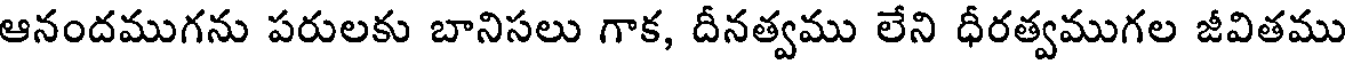
ఆనందముగను పరులకు బానిసలు గాక, దీనత్వము లేని ధీరత్వముగల జీవితము